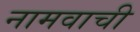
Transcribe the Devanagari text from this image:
नामवाची